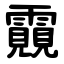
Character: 䨳